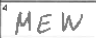
Transcription: MEW